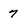
Character: 7